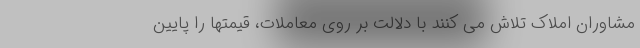
مشاوران املاک تلاش می کنند با دلالت بر روی معاملات، قیمتها را پایین